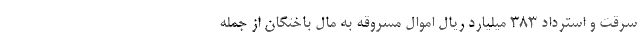
سرقت و استرداد ۳۸۳ میلیارد ریال اموال مسروقه به مال باختگان از جمله